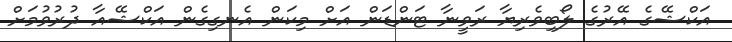
އަކްޝޭގެ އޭރުގެ ލޯބިވެރިޔާ ރަވީނާ ޓަންޑަން އަށް މިކަން އެނގިގެން އަކްޝޭއާ ދުރުވުމަށް